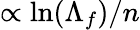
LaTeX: \propto\mathrm{ln}(\Lambda_{f})/n